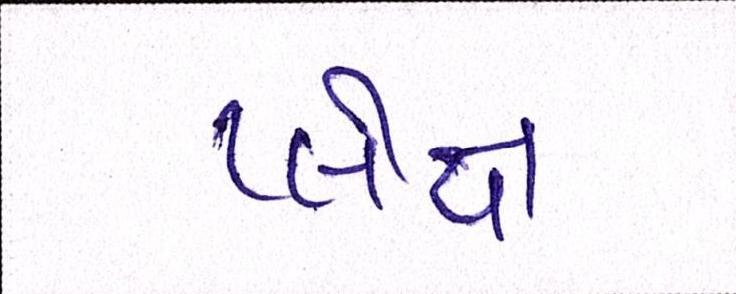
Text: પ્લેક્ષ